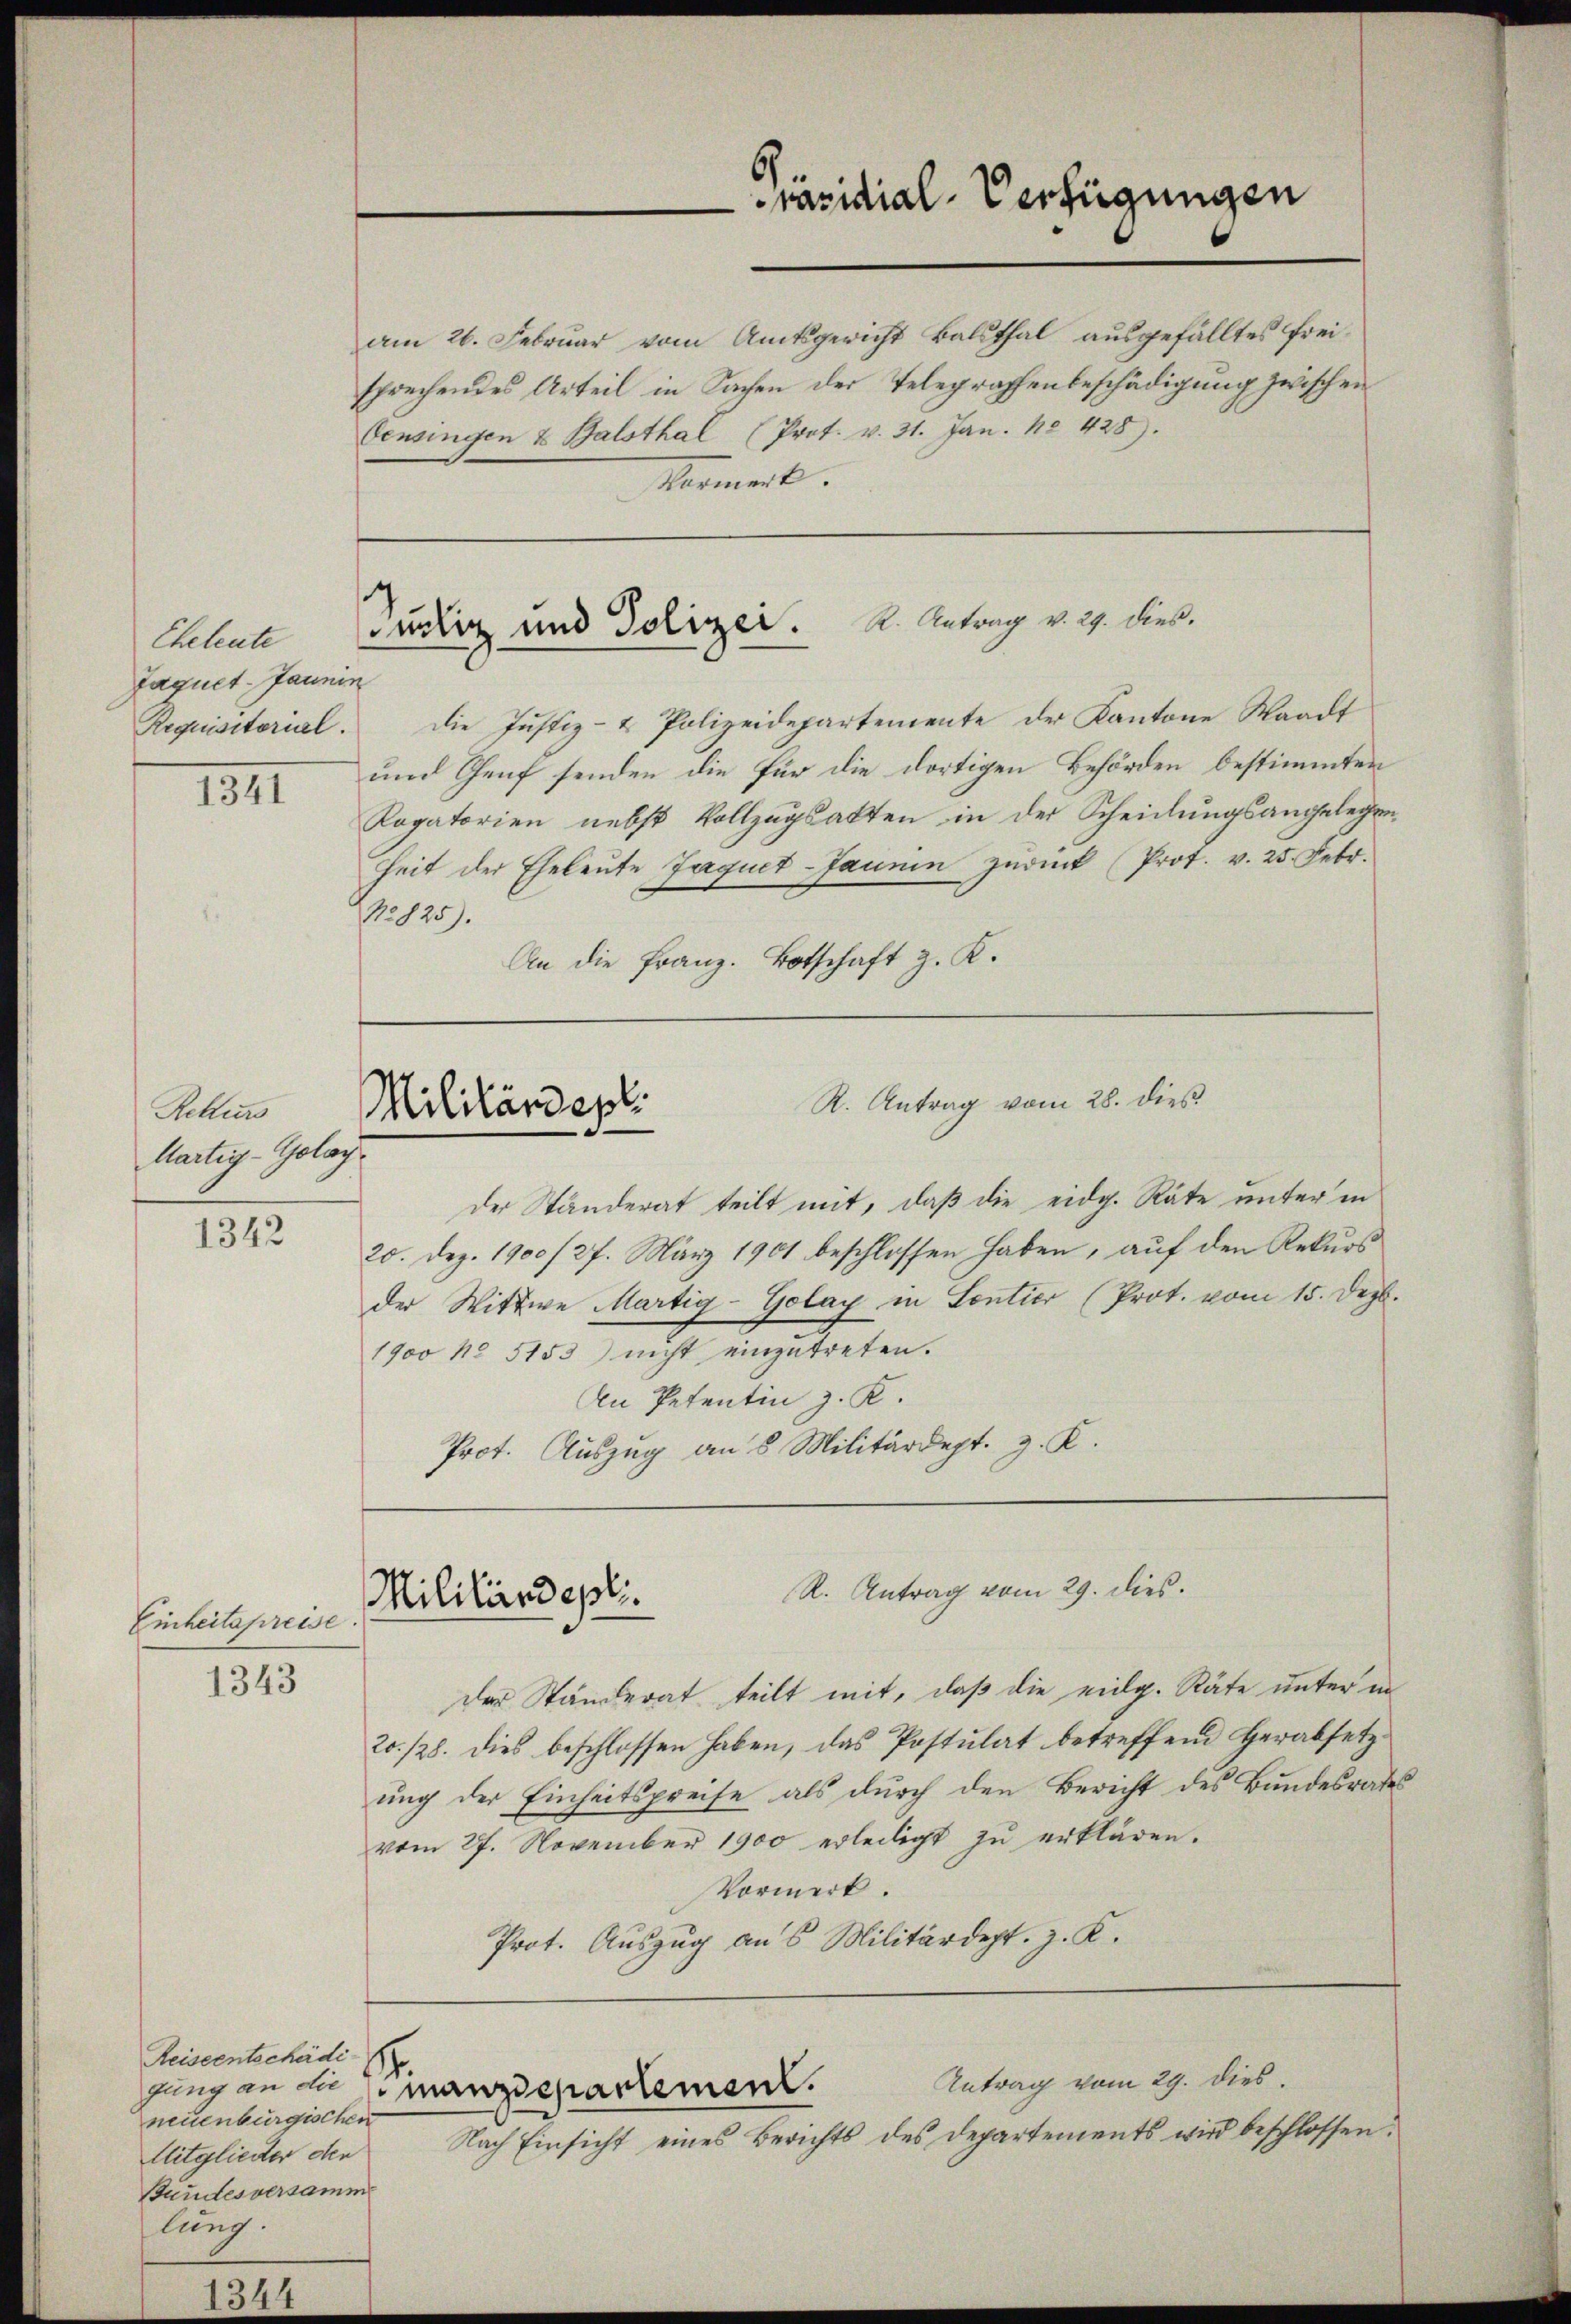
Eheleute
Jaquet-Jaunin
Requisitorial.

1341

1342

344

Rekurs
Martig-Golay.

Einheitspreise
1343

am 26. Februar vom Amtsgericht Balsthal ausgefälltes Freisprechendes Urteil in Sachen der Telegraphenbeschädigung zwischen
Censingen & Balsthal (Prof. v. 31. Jan. No 428).
Marmerk

.

Die Justiz- & Polizeidepartemente der Kantone Waadt
und Genf senden die für die dortigen Behörden bestimmten
Rogatorien nebst Vollzugsakten in der Scheidungsangelegenheit der Eheleute Jaquet-Janein zurück (Prot. v. 25. Febr.
No 825).
An die Franz. Botschaft z. K.

der Ständerat teilt mit, daß die eidg. Räte unter in
20. Dez. 1900/27. März 1901 beschlossen haben, auf den Rekurs
der Wittwe Martig-Golay in Sontier (Prot. vom 15. Dez.
1900 No 5153 nicht einzutreten.
An Petentin z. K.
Prot. Auszug an 8 Militärdept. z. K.

Reiseentschädi
gung an die
neuenburgischen
Mitglieder den
Bundesversamm
lung.

Präsidial-Verfügungen

uckig und Polizei. K. Antrag v. 29. dies.

R. Antrag vom 28. dieß
Militärdepl

R. Antrag vom 29. dies.
Militärdepli.

manzdepartement.

der Ständerat teilt mit, daß die eidg. Räte unter in
20./28. dies beschlossen haben, das Postulat betreffend Herabsetz
ung der Einheitspreise als durch den Bericht des Bundesrates
vom 27. November 1900 erledigt zu erklären.
Vormerk.
Prot. Auszug an 5 Militärdept. J. K.

Antrag vom 29. dies.
Nach Einsicht eines Berichts des Departements wird beschlossen: